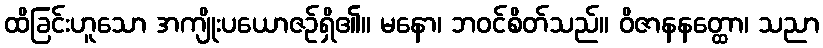
ထိခြင်းဟူသော အကျိုးပယောဇဉ်ရှိ၏။ မနော၊ ဘဝင်စိတ်သည်။ ဝိဇာနနတ္ထော၊ သညာ